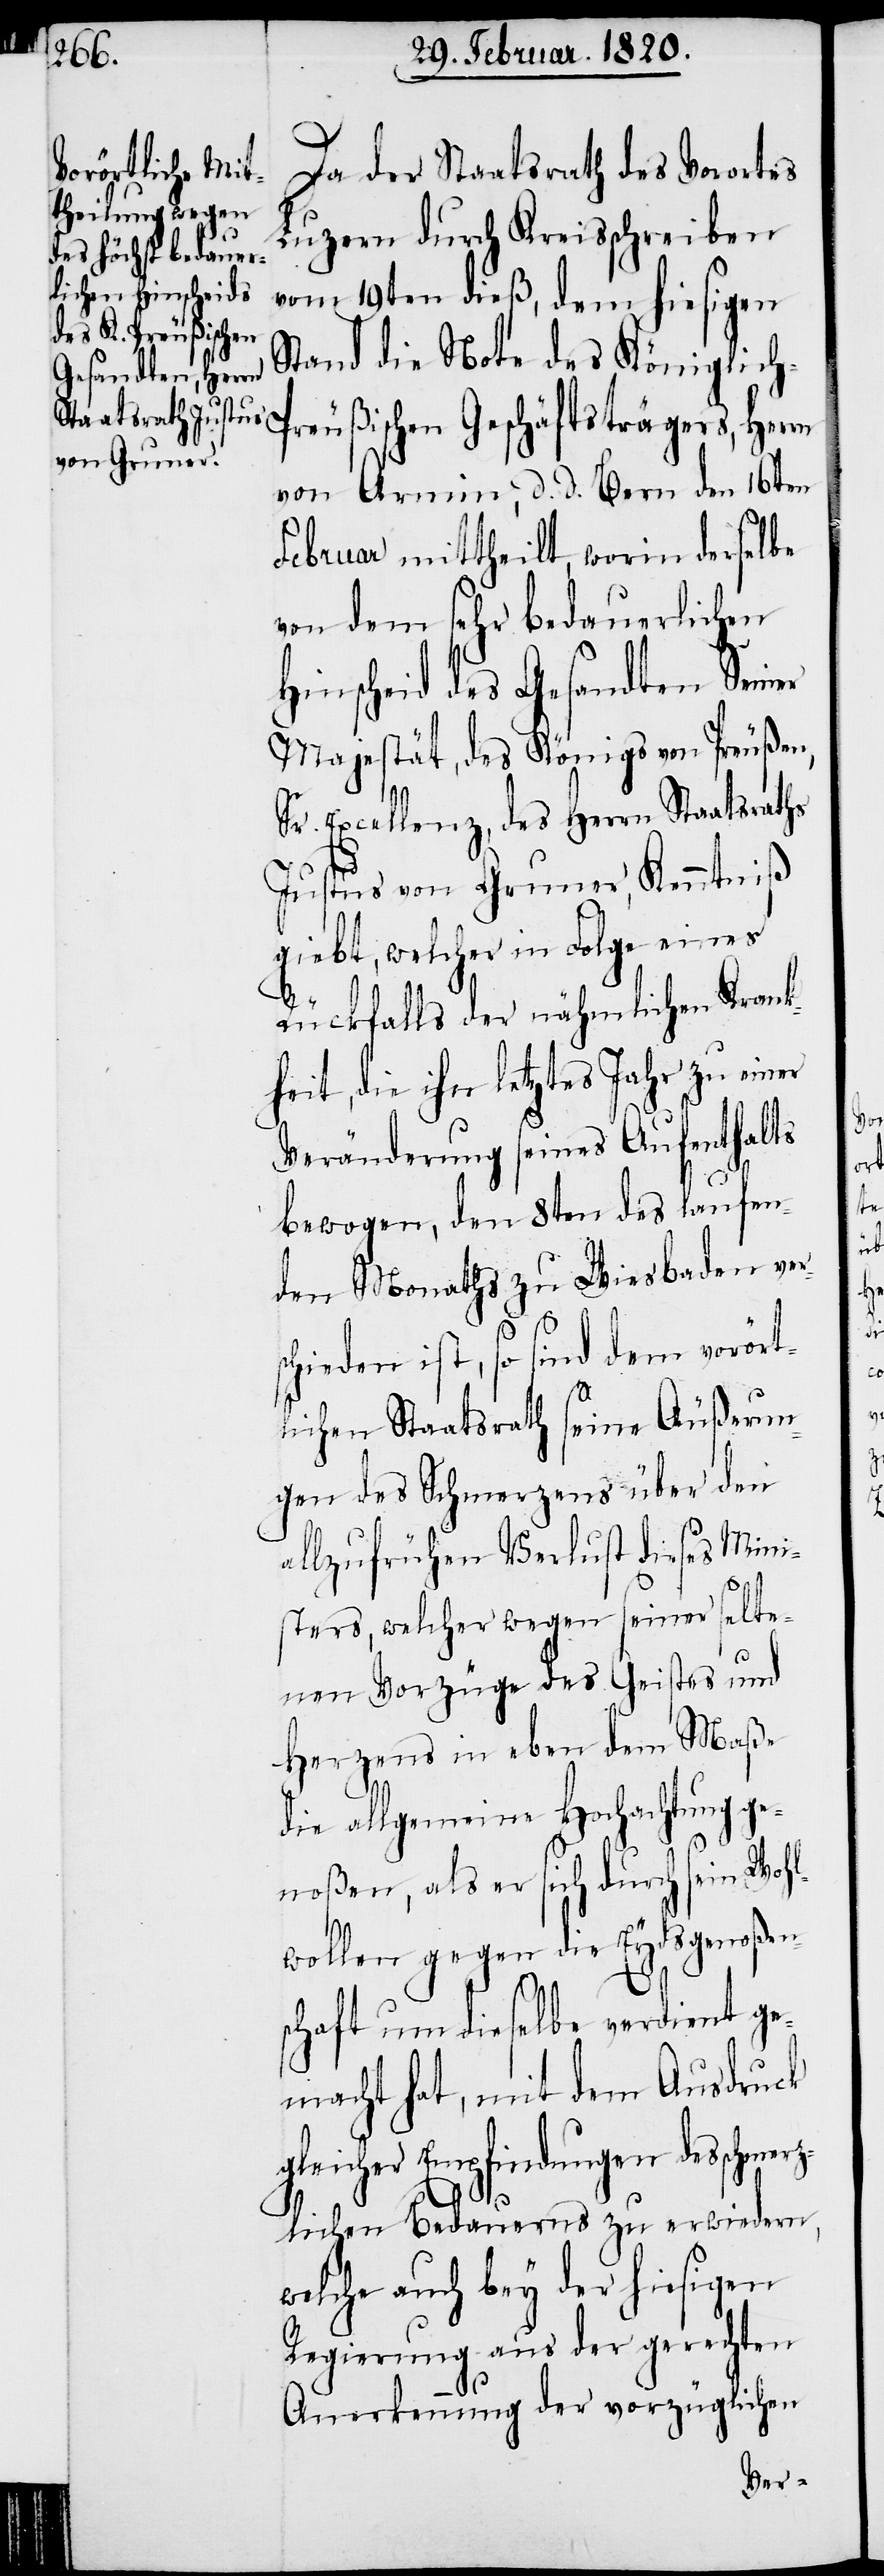
Da der Staatsrath des Vorortes
Luzern durch Kreisschreiben
vom 19ten dieß, dem hiesigen
Stand die Note des Königlic¬
reußischen Geschäftsträgers, Herrn
von Armin, d. d. Bern den 16ten
Februar mittheilt, worin derselbe
von dem sehr bedauerlichen
Hinscheid des Gesandten Seiner
Majestät, des Königs von Preußen,
Sr. Excellenz, des Herrn Staatsrat¬
Justus von Gruner, Kenntniß
giebt, welcher in Folge eines
Rückfalls der nähmlichen Krank¬
heit, die ihn letztes Jahr zu einer
Veränderung seines Aufenthalts
bewogen, den 8ten des laufen¬
den Monaths zu Wiesbaden ve¬
chieden ist, so sind dem vorört¬
lichen Staatsrath seine Äußerun¬
gen des Schmerzens über den
allzufrühen Verlust dieses Mini¬
sters, welcher wegen seiner selte¬
nen Vorzüge des Geistes und
Herzens in eben dem Maße
die allgemeine Hochachtung ge¬
noßen, als er sich durch sein Woh¬
l¬
wollen gegen die Eydsgenoßen¬
schaft um dieselbe verdient ge¬
macht hat, mit dem Ausdruck
gleicher Empfindungen des schmer¬
zlichen Bedauerns zu erwiedern,
welche auch bey der hiesigen
Regierung aus der gerechten
Anerkennung der vorzüglichen